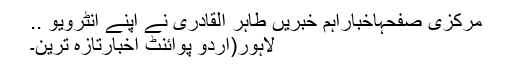
مرکزی صفحہاخباراہم خبریں طاہر القادری نے اپنے انٹرویو ..
لاہور(اُردو پوائنٹ اخبارتازہ ترین۔